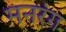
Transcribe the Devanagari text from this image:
मनरंग